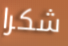
شكرا